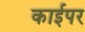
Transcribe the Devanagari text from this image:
काईपर